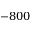
- 8 0 0